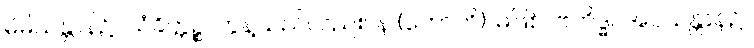
မိမိသန္တာန်၌။ သံခိတ္တဉ္စ၊ တွန့်သည်လည်း။ န (ဟောတိ)၊ မဖြစ်။ ဗဟိဒ္ဓါ၊ အပသန္တာန်၌။